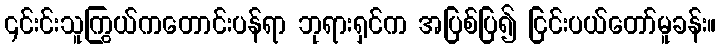
၎င်းင်းသူကြွယ်ကတောင်းပန်ရာ ဘုရားရှင်က အပြစ်ပြ၍ ငြင်းပယ်တော်မူခန်း။